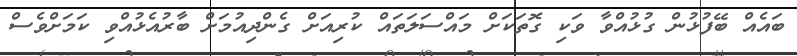
ބައެއް ބޭފުޅުން ގުޅުއްވާ ވަކި ގޮތަކަށް މައްސަލަތައް ކުރިއަށް ގެންދިއުމަށް ބާރުއެޅުއްވި ކަމަށްވެސް